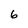
Character: 6